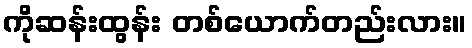
ကိုဆန်းထွန်း တစ်ယောက်တည်းလား။